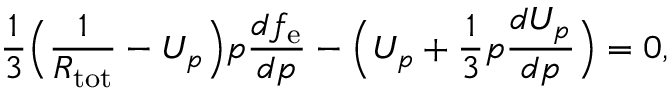
\frac { 1 } { 3 } \Big ( \frac { 1 } { R _ { \mathrm { t o t } } } - U _ { p } \Big ) p \frac { d f _ { \mathrm { e } } } { d p } - \Big ( U _ { p } + \frac { 1 } { 3 } p \frac { d U _ { p } } { d p } \Big ) = 0 ,